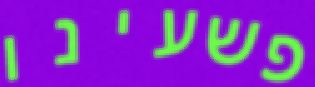
פשעינו